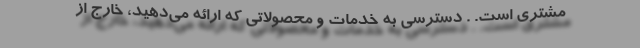
مشتری است. . دسترسی به خدمات و محصولاتی که ارائه می‌دهید، خارج از